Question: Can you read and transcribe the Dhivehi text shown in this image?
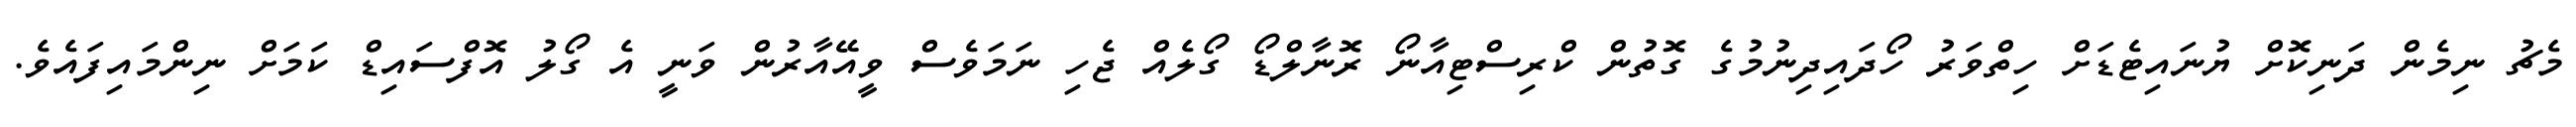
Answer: މެޗު ނިމެން ދަނިކޮށް ޔުނައިޓެޑަށް ހިތްވަރު ހޯދައިދިނުމުގެ ގޮތުން ކްރިސްޓިއާނޯ ރޮނާލްޑޯ ގޯލެއް ޖެހި ނަމަވެސް ވީއޭއާރުން ވަނީ އެ ގޯލު އޮފްސައިޑް ކަމަށް ނިންމައިފައެވެ.